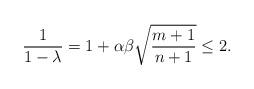
LaTeX: \begin{align*}\frac{1}{1-\lambda}=1+\alpha\beta\sqrt{\frac{m+1}{n+1}}\leq 2.\end{align*}